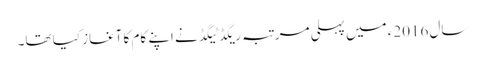
سال 2016ء میں پہلی مرتبہ ریگڈ ٹیگڈ نے اپنے کام کا آغاز کیا تھا۔